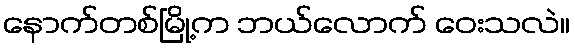
နောက်တစ်မြို့က ဘယ်လောက် ဝေးသလဲ။